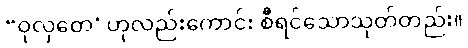
“ဝုလှတေ”ဟုလည်းကောင်း စီရင်သောသုတ်တည်း။